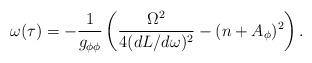
LaTeX: \begin{align*}\omega (\tau)=-\frac{1}{g_{\phi\phi}}\left(\frac{\Omega^2}{4(dL/d\omega)^2}-(n+A_\phi)^2\right).\end{align*}